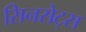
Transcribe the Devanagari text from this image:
सिनसेट्स